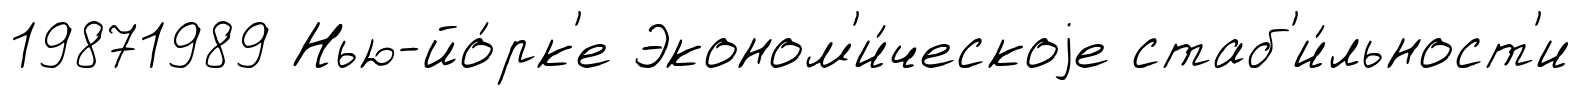
19871989 Нью-йо́рк'е Эконом'и́ческоjе стаб'и́льност'и